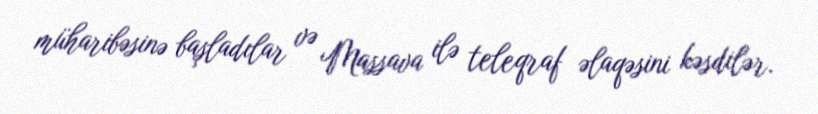
müharibəsinə başladılar və Massava ilə teleqraf əlaqəsini kəsdilər.